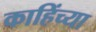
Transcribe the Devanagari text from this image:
काहिंच्या